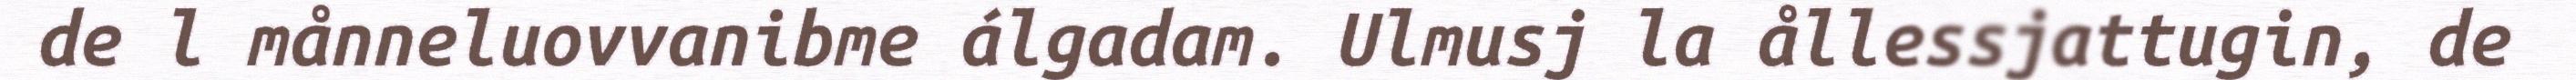
de l månneluovvanibme álgadam. Ulmusj la ållessjattugin, de